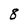
Character: 8